Sketch of the medical history of the native army of Bombay, for the year
Year: 1876
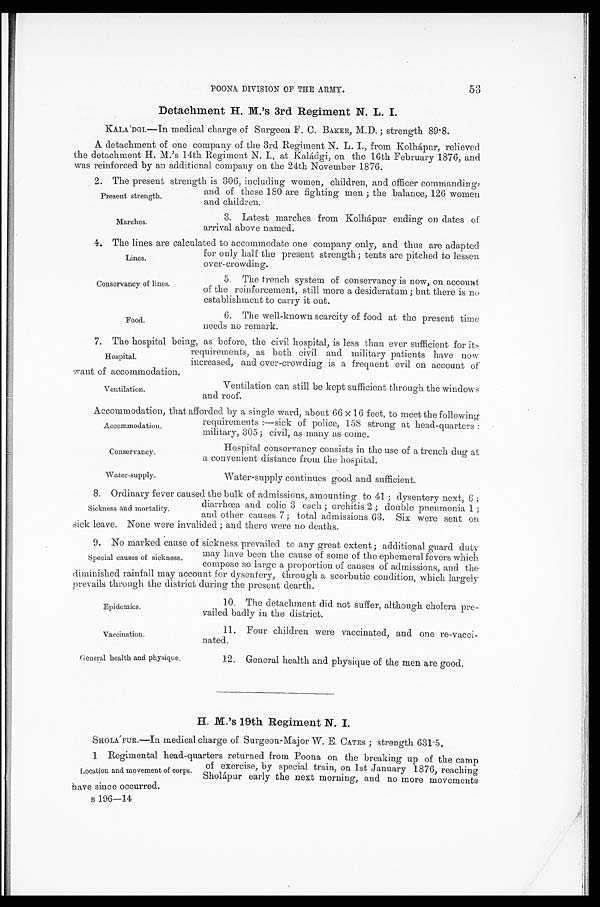
Conservancy.
Water-supply.
Epidemics.
Vaccination.
General health and physique.
53
POONA DIVISION OF THE ARMY.
Detachment H. M.'s 3rd Regiment N. L. I.
KALA'DGI.—In medical charge of Surgeon F. C. BAKER, M.D.; strength 89.8.
A detachment of one company of the 3rd Regiment N. L. I., from Kolhápur, relieved
the detachment H. M.'s 14th Regiment N. I., at Kaládgi, on the 16th February 1876, and
was reinforced by an additional company on the 24th November 1876.
2. The present strength is 306, including women, children, and officer commanding,
and of these 180 are fighting men; the balance, 126 women
and children.
Present strength.
Marches.
3. Latest marches from Kolhápur ending on dates of
arrival above named.
4. The lines are calculated to accommodate one company only, and thus are adapted
for only half the present strength; tents are pitched to lessen
over-crowding.
Lines.
Conservancy of lines.
Food.
5 . T h e t r e n c h s y s t e m o f c o n s e r v a n c y i s n o w , o n a c c o u n t
of the reinforcement, still more a desideratum; but there is no
establishment to carry it out.
6. The well-known scarcity of food at the present time
needs no remark.
7. The hospital being, as before, the civil hospital, is less than ever sufficient for its
requirements, as both civil and military patients have now
increased, and over-crowding is a frequent evil on account of
want of accommodation.
Hospital.
Ventilation.
Ventilation can still be kept sufficient through the windows
and roof.
Accommodation, that afforded by a single ward, about 66 x 16 feet, to meet the following
requirements:—sick of police, 158 strong at head-quarters
: military, 305; civil, as many as come.
Accommodation.
Hospital conservancy consists in the use of a trench dug at
a convenient distance from the hospital.
Water-supply continues good and sufficient.
8. Ordinary fever caused the bulk of admissions, amounting to 41; dysentery next, 6;
diarrhœa and colic 3 each; orchitis 2; double pneumonia 1;
and other causes 7 ; total admissions 63. Six were sent on
sick leave. None were invalided ; and there were no deaths.
9. No marked cause of sickness prevailed to any great extent ; additional guard duty
may have been the cause of some of the ephemeral fevers which
compose so large a proportion of causes of admissions, and the
diminished rainfall may account for dysentery, through a scorbutic condition, which largely
prevails through the district during the present dearth.
Sickness and mortality.
Special causes of sickness.
10. The detachment did not suffer, although cholera pre-
vailed badly in the district.
11. Four children were vaccinated, and one re-vacci-
nated.
12. General health and physique of the men are good.
H. M.'s 19th Regiment N. I.
SHOLA'PUR.—In medical charge of Surgeon-Major W. E. CATES; strength 631.5,
1 Regimental head-quarters returned from Poona on the breaking up of the camp
of exercise, by special train, on 1st January 1876, reaching
Sholápur early the next morning, and no more movements
have since occurred.
B 1 9 6 - 1 4
Location and movement of corps.